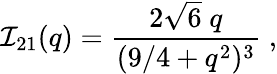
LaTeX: {\cal I}_{21}(q)=\frac{2\sqrt{6}\; q}{(9/4+q^{2})^{3}}\; ,